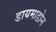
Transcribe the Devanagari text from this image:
डायमाडोन